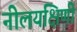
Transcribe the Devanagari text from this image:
नीलयक्षिणी